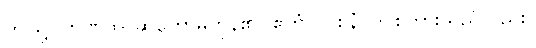
ဤသို့။ ဘဏထ၊ ဆိုတော်မူကုန်၏။ ဧတံပိ ဝစနံ၊ ဤစကားသည်လည်း။